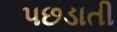
પછડાતી